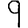
Digit: 9